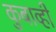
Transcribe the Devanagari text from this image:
कुबाव्ही